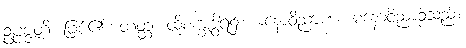
ဥပ္ပဇ္ဇတိ၊ ဖြစ်၏။ တတ္ထ၊ ထိုစက္ခုဒွါရ၌။ မနောဝိညာဏံ၊ မနောဝိညာဉ်သည်။